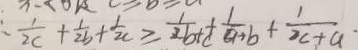
: \frac { 1 } { 2 c } + \frac { 1 } { 2 b } + \frac { 1 } { 2 c } \geq \frac { 1 } { 2 b + c } + \frac { 1 } { a + b } + \frac { 1 } { 2 c + a } .